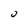
Character: 0